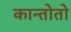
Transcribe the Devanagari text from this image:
कान्तोतो